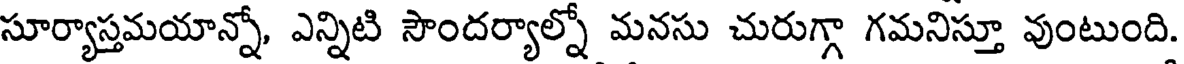
సూర్యాస్తమయాన్నో, ఎన్నిటి సౌందర్యాల్నో మనసు చురుగ్గా గమనిస్తూ వుంటుంది.